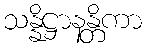
သန္နိဋ္ဌာနန္တိကာ